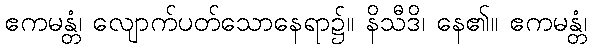
ဧကမန္တံ၊ လျောက်ပတ်သောနေရာ၌။ နိသီဒိ၊ နေ၏။ ဧကမန္တံ၊